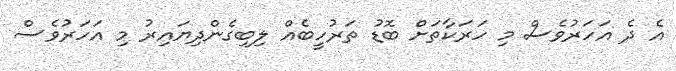
އެ ދެ އަހަރުވެސް މި ހަރަކާތަށް ބޮޑު ތަރުހީބެއް ލިބިގެންދިޔައިރު މި އަހަރުވެސް